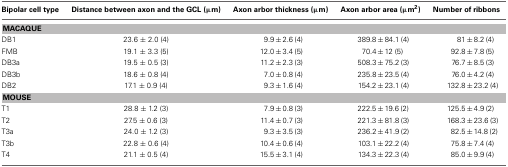
<table><thead><tr><td><b>Bipolar cell type</b></td><td><b>Distance between axon and the GCL (μm)</b></td><td><b>Axon arbor thickness (μm)</b></td><td><b>Axon arbor area (μm<sup>2</sup>)</b></td><td><b>Number of ribbons</b></td></tr></thead><tbody><tr><td colspan="5"><b>MACAQUE</b></td></tr><tr><td>DB1</td><td>23.6 ± 2.0 (4)</td><td>9.9 ± 2.6 (4)</td><td>389.8 ± 84.1 (4)</td><td>81 ± 8.2 (4)</td></tr><tr><td>FMB</td><td>19.1 ± 3.3 (5)</td><td>12.0 ± 3.4 (5)</td><td>70.4 ± 12 (5)</td><td>92.8 ± 7.8 (5)</td></tr><tr><td>DB3a</td><td>19.5 ± 0.5 (3)</td><td>11.2 ± 2.3 (3)</td><td>508.3 ± 75.2 (3)</td><td>76.7 ± 8.5 (3)</td></tr><tr><td>DB3b</td><td>18.6 ± 0.8 (4)</td><td>7.0 ± 0.8 (4)</td><td>235.8 ± 23.5 (4)</td><td>76.0 ± 4.2 (4)</td></tr><tr><td>DB2</td><td>17.1 ± 0.9 (4)</td><td>9.3 ± 1.6 (4)</td><td>154.2 ± 23.1 (4)</td><td>132.8 ± 23.2 (4)</td></tr><tr><td colspan="5"><b>MOUSE</b></td></tr><tr><td>T1</td><td>28.8 ± 1.2 (3)</td><td>7.9 ± 0.8 (3)</td><td>222.5 ± 19.6 (2)</td><td>125.5 ± 4.9 (2)</td></tr><tr><td>T2</td><td>27.5 ± 0.6 (3)</td><td>11.4 ± 0.7 (3)</td><td>221.3 ± 81.8 (3)</td><td>168.3 ± 23.6 (3)</td></tr><tr><td>T3a</td><td>24.0 ± 1.2 (3)</td><td>9.3 ± 3.5 (3)</td><td>236.2 ± 41.9 (2)</td><td>82.5 ± 14.8 (2)</td></tr><tr><td>T3b</td><td>22.8 ± 0.6 (4)</td><td>10.4 ± 0.6 (4)</td><td>103.1 ± 22.2 (4)</td><td>75.8 ± 7.4 (4)</td></tr><tr><td>T4</td><td>21.1 ± 0.5 (4)</td><td>15.5 ± 3.1 (4)</td><td>134.3 ± 22.3 (4)</td><td>85.0 ± 9.9 (4)</td></tr></tbody></table>